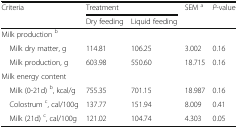
| <ROWSPAN=2> Criteria | <COLSPAN=2> Treatment | <ROWSPAN=2> SEM a | <ROWSPAN=2> P-value |
 | Dry feeding | Liquid feeding |
 | --- | --- | --- | --- | --- |
 | <COLSPAN=5> Milk production b |
 | Milk dry matter, g | 114.81 | 106.25 | 3.002 | 0.16 |
 | Milk production, g | 603.98 | 550.60 | 18.715 | 0.16 |
 | <COLSPAN=5> Milk energy content |
 | Milk (0-21d) b, kcal/g | 755.35 | 701.15 | 18.987 | 0.16 |
 | Colostrum c, cal/100g | 137.77 | 151.94 | 8.009 | 0.41 |
 | Milk (21d) c, cal/100g | 121.02 | 104.74 | 4.303 | 0.05 |